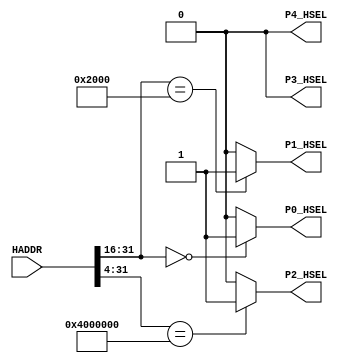
// This program was cloned from: https://github.com/flyjancy/CortexM0_SoC_Task
// License: MIT License

module AHBlite_Decoder
#(
    /*RAMCODE enable parameter*/
    parameter Port0_en = 1,
    /************************/

    /*RAMDATA  enable parameter*/
    parameter Port1_en = 1,
    /************************/

    /*WaterLight enable parameter*/
    parameter Port2_en = 1,
    /************************/

    /*UART enable parameter*/
    parameter Port3_en=0,
    /************************/

    /*GPIO enable parameter*/
    parameter Port4_en=0
    /************************/

    
)(
    input [31:0] HADDR,

    /*RAMCODE OUTPUT SELECTION SIGNAL*/
    output wire P0_HSEL,

    /*WaterLight OUTPUT SELECTION SIGNAL*/
    output wire P1_HSEL,

    /*RAMDATA OUTPUT SELECTION SIGNAL*/
    output wire P2_HSEL,

    /*UART OUTPUT SELECTION SIGNAL*/
    output wire P3_HSEL,       

    /*UART OUTPUT SELECTION SIGNAL*/
    output wire P4_HSEL  
);

//RAMCODE-----------------------------------

//0x00000000-0x0000ffff
/*Insert RAMCODE decoder code there*/
assign P0_HSEL = (HADDR[31:16] == 16'h0000) ? Port0_en : 1'd0;
/***********************************/



//PERIPHRAL-----------------------------

//0X40000000 WaterLight MODE
//0x40000004 WaterLight SPEED
/*Insert WaterLight decoder code there*/
assign P2_HSEL = (HADDR[31:4] == 28'h4000000) ? Port2_en : 1'd0;
/***********************************/

//0X40000010 UART RX DATA
//0X40000014 UART TX STATE
//0X40000018 UART TX DATA
/*Insert UART decoder code there*/
assign P3_HSEL = 1'b0;
/***********************************/

//0x40000028 OUT  ENABLE
//0X40000024 IN DATA
//0X40000020 OUT DATA
/*Insert GPIO decoder code there*/
assign P4_HSEL =  1'd0;
/***********************************/

//RAMDATA-----------------------------
//0X20000000-0X2000FFFF
/*Insert RAMDATA decoder code there*/
assign P1_HSEL = (HADDR[31:16] == 16'h2000) ? Port1_en : 1'b0;
/***********************************/

endmodule